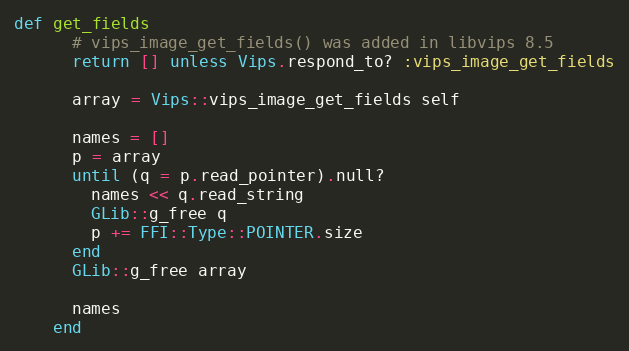
Language: Ruby
def get_fields
      # vips_image_get_fields() was added in libvips 8.5
      return [] unless Vips.respond_to? :vips_image_get_fields

      array = Vips::vips_image_get_fields self

      names = []
      p = array
      until (q = p.read_pointer).null?
        names << q.read_string
        GLib::g_free q
        p += FFI::Type::POINTER.size
      end
      GLib::g_free array

      names
    end